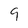
Character: 9